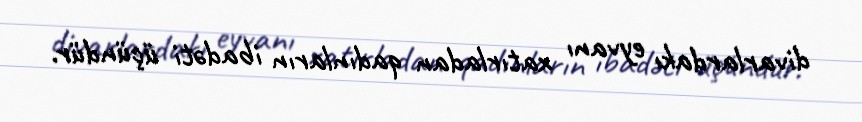
divarlardakı eyvanı xatırladan qadınların ibadəti üçündür.